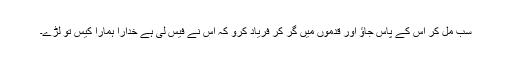
سب مل کر اُس کے پاس جاؤ اور قدموں میں گر کر فریاد کرو کہ اُس نے فیس لی ہے خدارا ہمارا کیس تو لڑے۔